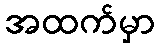
အထက်မှာ